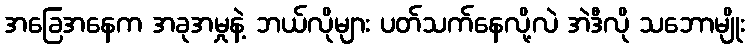
အခြေအနေက အခုအမှုနဲ့ ဘယ်လိုများ ပတ်သက်နေလို့လဲ အဲဒီလို သဘောမျိုး